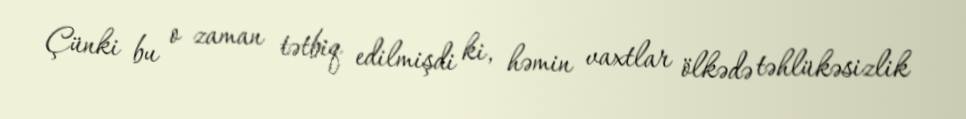
Çünki bu o zaman tətbiq edilmişdi ki, həmin vaxtlar ölkədə təhlükəsizlik